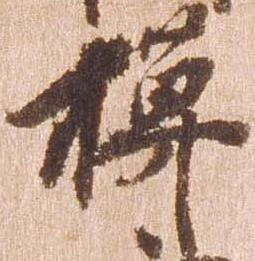
模